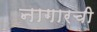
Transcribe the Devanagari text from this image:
नागारची